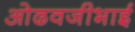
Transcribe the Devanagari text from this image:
ओढवजीभाई